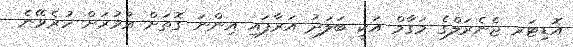
އޮޑިޓަރ ޖެނެރަލްގެ މަގާމް އަކީ ބަލަދު އަރާފައި އިންނަ ގޮތަށް އުމުރަށް ހުރެވޭނެ